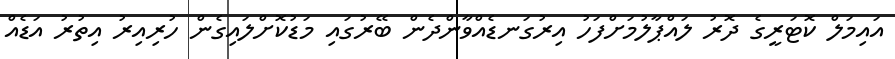
އައިމަލް ކޮޓަރީގެ ދޮރު ލައްޕާލުމަށްފަހު އިރުގަނޑެއްވާންދެން ބޭރުގައި މަޑުކޮށްލައިގެން ހުރިއިރު އިތުރު އަޑެއް